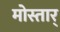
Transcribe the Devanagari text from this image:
मोस्तार्